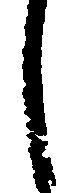
し